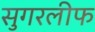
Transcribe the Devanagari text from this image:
सुगरलीफ